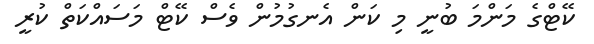
ކޭޓްގެ މަންމަ ބުނީ މި ކަން އެނގުމުން ވެސް ކޭޓް މަސައްކަތް ކުރީ